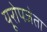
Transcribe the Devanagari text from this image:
यूरोपजेता